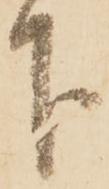
下